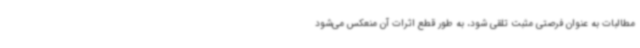
مطالبات به عنوان فرصتی مثبت تلقی شود، به طور قطع اثرات آن منعکس می‌شود